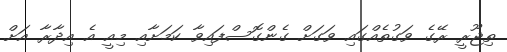
ތިޖޫރީ ރޭގެ ވަގުތެއްގައި ވަގަށް ގެންގޮސްފައިވާ ކަމަށާއި މިއީ އެ އިދާރާ އަށް